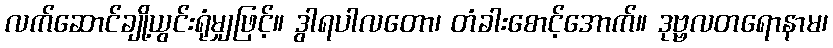
လက်ဆောင်ချို့ယွင်းရုံမျှဖြင့်။ ဒွါရပါလတော၊ တံခါးစောင့်အောက်။ ဒုဗ္ဗလတရောနာမ၊